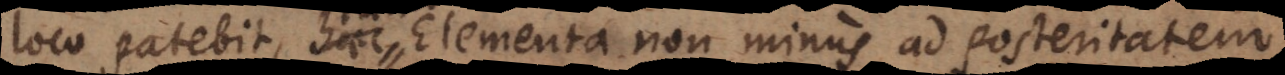
loco patebit, talia Elementa non minus ad posteritatem